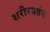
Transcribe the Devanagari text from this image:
शरीरवर्तन